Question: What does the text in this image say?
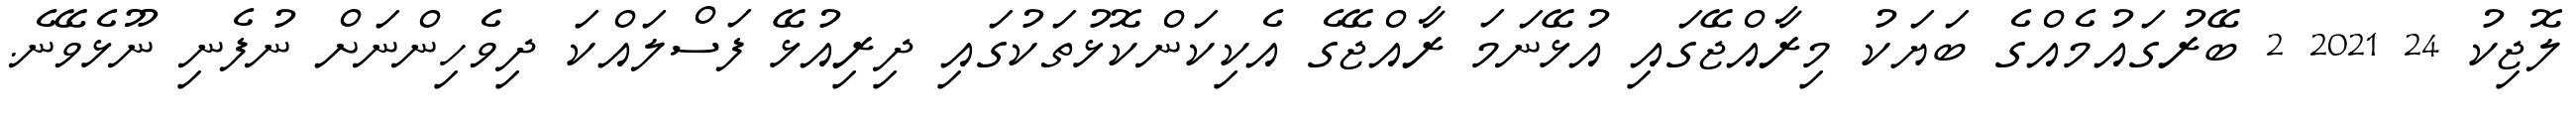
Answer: ލޮޖިކު 24 2021 2 ބޭރުގައުމެއްގެ ބަޔަކު މިރާއްޖޭގައި އުޅޭނަމަ ރާއްޖޭގެ އެކިކަންކޮޅުތަކުގައި ދިރިއުޅޭ ފަސްލައްކަ ދިވެހިންނަށް ނުފެނި ނޫޅެވޭނެ.